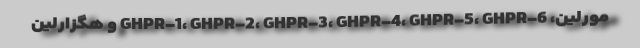
مورلین، GHPR-1، GHPR-2، GHPR-3، GHPR-4، GHPR-5، GHPR-6 و هگزارلین